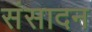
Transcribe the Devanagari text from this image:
संसादन